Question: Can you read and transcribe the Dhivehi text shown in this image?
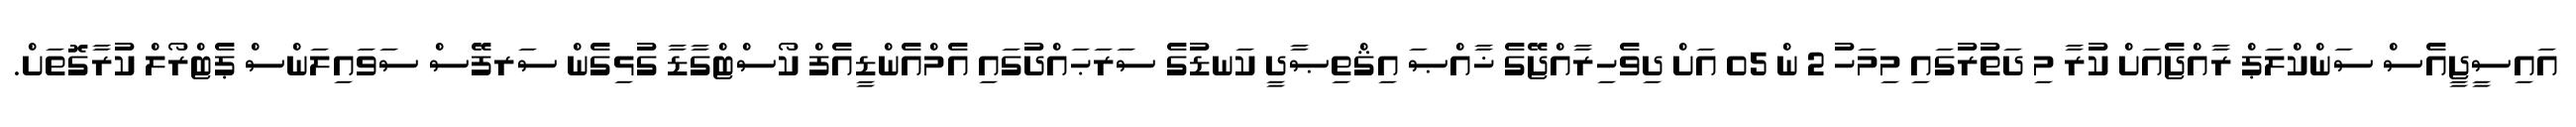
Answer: އައިސީޖީއެސް ސަންކްލަޕް ރާއްޖެއަށް ކުރާ މި ދަތުރުގައި މިމަހު 2 ން 05 އަށް ދިވެހިރާއްޖޭގެ ޚާއްޞަ އިޤްތިޞާދީ ކަނޑުގެ ސަރަޙައްދުގައި އެމްއެންޑީއެފް ކޯސްޓްގާޑާ ގުޅިގެން ސަރފޭސް ސަވައިލަންސް ޕެޓްރޯލް ކުރާގޮތަށް.